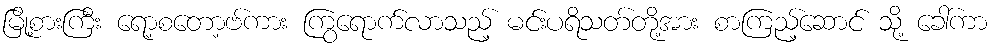
မြို့စားကြီး ရော့စတော့ဗ်ကား ကြွရောက်လာသည့် မင်းပရိသတ်တို့အား စာကြည့်ဆောင် သို့ ခေါ်ကာ